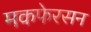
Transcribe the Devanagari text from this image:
मकफेरसन